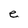
Character: e